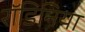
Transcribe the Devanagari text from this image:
रॉडिनिया